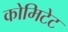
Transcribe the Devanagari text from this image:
कोमिटेट